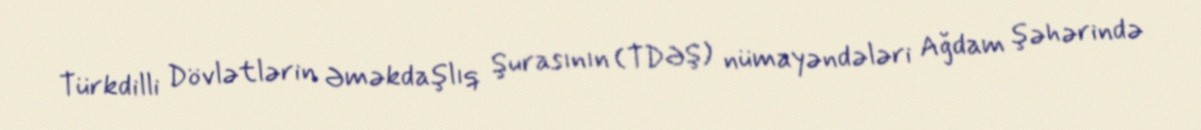
Türkdilli Dövlətlərin Əməkdaşlıq Şurasının (TDƏŞ) nümayəndələri Ağdam şəhərində